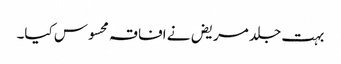
بہت جلد مریض نے افاقہ محسوس کیا۔